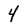
Character: 4